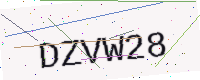
Text: DZVW28